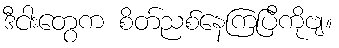
ဒီငါးတွေက စိတ်ညစ်နေကြပြီကိုဗျ။